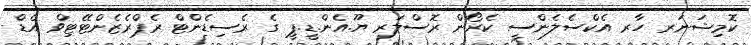
ކޮމިޝަނަރ ހާރ އެކްސެލެންސީ ކެރޯން ރޮސްލަރ ޔޫ.އެން.ޑީ.ޕީ ގެ ރެސިޑެންޓް ރެޕްރެޒެންޓޭޓިވް އެޑް